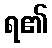
ရ၏